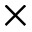
\times